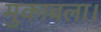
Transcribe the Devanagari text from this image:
मुकाबला।